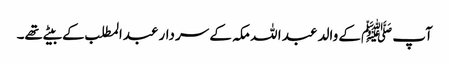
آپ ﷺکے والد عبد ا للہ مکہ کے سردار عبدالمطلب کے بیٹے تھے۔